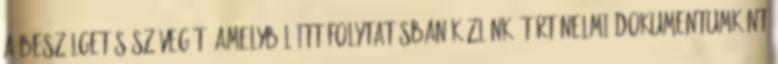
A beszélgetés szövegét, amelyből itt folytatásban közlünk, történelmi dokumentumként